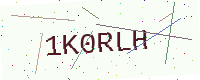
Text: 1K0RLH